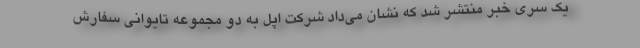
یک سری خبر منتشر شد که نشان می‌داد شرکت اپل به دو مجموعه تایوانی سفارش